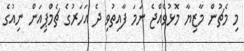
މި މެޗުން މާޒިޔާ މޮޅުވެއްޖެ ނަމަ ފާއިތުވި ދެ އަހަރުގެ ޗެމްޕިއަން ނިއުގެ